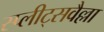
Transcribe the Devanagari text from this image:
स्प्लीट्सवैल्ला